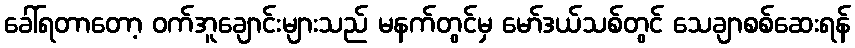
ခေါ်ရတာတော့ ဝက်အူချောင်းများသည် မနက်တွင်မှ မော်ဒယ်သစ်တွင် သေချာစစ်ဆေးရန်